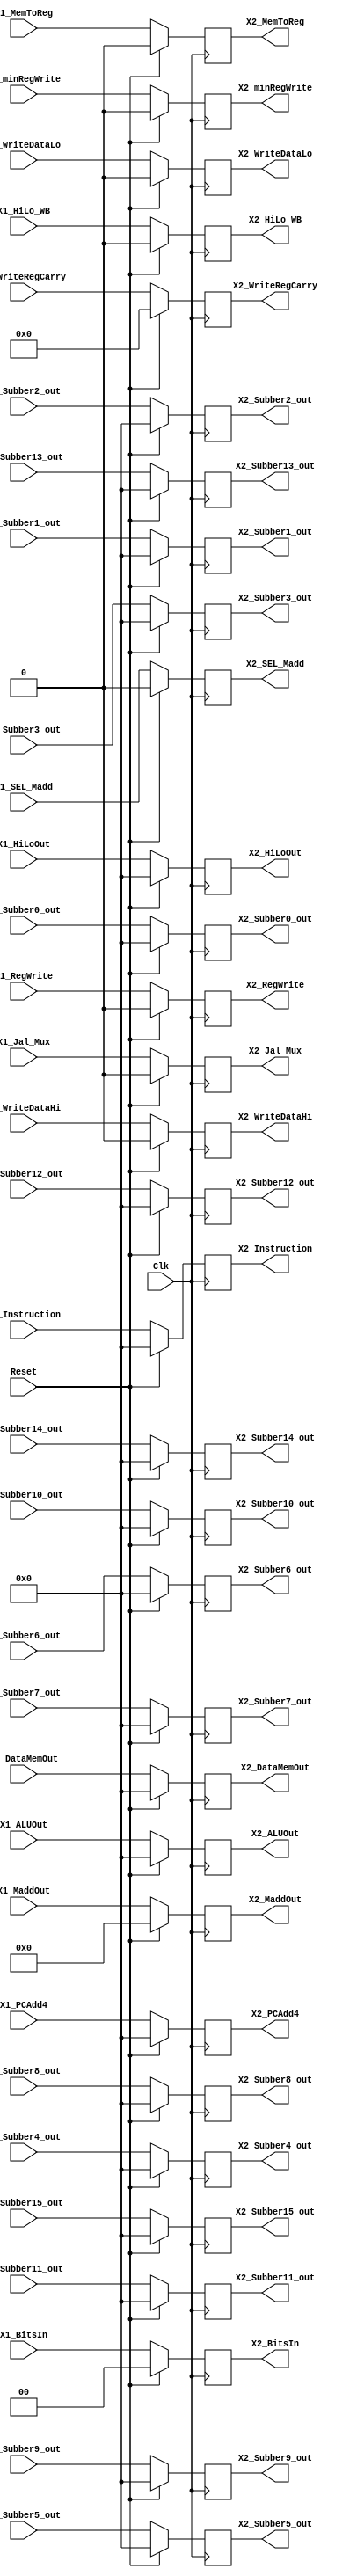
`timescale 1ns / 1ps
/*

Group Names
Alan Manuel Loreto Corndidez: 1/3 Effort
Haseeb Sarwar Irfan: 1/3 Effort
Chris W Bremser: 1/3 Effort

*/

module X1_X2_pipelineRegister(
    X1_Instruction,
    X1_PCAdd4,
    X1_DataMemOut,
    X1_ALUOut,
    X1_MaddOut,
    X1_HiLoOut,
    X1_WriteRegCarry,
    //controller
    
    X1_MemToReg,
	X1_BitsIn,
	X1_Jal_Mux,
	X1_SEL_Madd,
	X1_HiLo_WB,
	X1_RegWrite,
	X1_WriteDataHi,
	X1_WriteDataLo,
	
	X1_Subber0_out,
	X1_Subber1_out,
	X1_Subber2_out,
	X1_Subber3_out,
	X1_Subber4_out,
	X1_Subber5_out,
	X1_Subber6_out,
	X1_Subber7_out,
	X1_Subber8_out,
	X1_Subber9_out,
	X1_Subber10_out,
	X1_Subber11_out,
	X1_Subber12_out,
	X1_Subber13_out,
	X1_Subber14_out,
	X1_Subber15_out,
	X1_minRegWrite, 
	
    X2_Instruction,
    X2_PCAdd4,
    X2_DataMemOut,
    X2_ALUOut,
    X2_MaddOut,
    X2_HiLoOut,
    X2_WriteRegCarry,
   
    //controller

    X2_MemToReg,
	X2_BitsIn,
	X2_Jal_Mux,
	X2_SEL_Madd,
	X2_HiLo_WB,
	X2_RegWrite,
	X2_WriteDataHi,
	X2_WriteDataLo,
	
	X2_Subber0_out,
	X2_Subber1_out,
	X2_Subber2_out,
	X2_Subber3_out,
	X2_Subber4_out,
	X2_Subber5_out,
	X2_Subber6_out,
	X2_Subber7_out,
	X2_Subber8_out,
	X2_Subber9_out,
	X2_Subber10_out,
	X2_Subber11_out,
	X2_Subber12_out,
	X2_Subber13_out,
	X2_Subber14_out,
	X2_Subber15_out,
	X2_minRegWrite,
    

    Clk,
    Reset
    );

    input Clk;
    input Reset;

    input [31:0] X1_Instruction;
    input [31:0]X1_PCAdd4;
    input [31:0]X1_DataMemOut;
    input [31:0]X1_ALUOut;
    input [63:0]X1_MaddOut;
    input [31:0]X1_HiLoOut;
    input [4:0]X1_WriteRegCarry;
   
    input X1_MemToReg;
	input [1:0]X1_BitsIn;
	input X1_Jal_Mux;
	input X1_SEL_Madd;
	input X1_HiLo_WB;
	input X1_RegWrite;
	input X1_WriteDataHi;
	input X1_WriteDataLo;
	
    input [31:0] X1_Subber0_out;
	input [31:0] X1_Subber1_out;
	input [31:0] X1_Subber2_out;
	input [31:0] X1_Subber3_out;
	input [31:0] X1_Subber4_out;
	input [31:0] X1_Subber5_out;
	input [31:0] X1_Subber6_out;
	input [31:0] X1_Subber7_out;
	input [31:0] X1_Subber8_out;
	input [31:0] X1_Subber9_out;
	input [31:0] X1_Subber10_out;
	input [31:0] X1_Subber11_out;
	input [31:0] X1_Subber12_out;
	input [31:0] X1_Subber13_out;
	input [31:0] X1_Subber14_out;
	input [31:0] X1_Subber15_out;
	input X1_minRegWrite;

    output reg [31:0]X2_Instruction;
    output reg [31:0]X2_PCAdd4;
    output reg [31:0]X2_DataMemOut;
    output reg [31:0]X2_ALUOut;
    output reg [63:0]X2_MaddOut;
    output reg [31:0]X2_HiLoOut;
    output reg [4:0]X2_WriteRegCarry;

    output reg X2_MemToReg;
	output reg [1:0]X2_BitsIn;
	output reg X2_Jal_Mux;
	output reg X2_SEL_Madd;
	output reg X2_HiLo_WB;
	output reg X2_RegWrite;
	output reg X2_WriteDataHi;
	output reg X2_WriteDataLo;
	
	output reg [31:0] X2_Subber0_out;
	output reg [31:0] X2_Subber1_out;
	output reg [31:0] X2_Subber2_out;
	output reg [31:0] X2_Subber3_out;
	output reg [31:0] X2_Subber4_out;
	output reg [31:0] X2_Subber5_out;
	output reg [31:0] X2_Subber6_out;
	output reg [31:0] X2_Subber7_out;
	output reg [31:0] X2_Subber8_out;
	output reg [31:0] X2_Subber9_out;
	output reg [31:0] X2_Subber10_out;
	output reg [31:0] X2_Subber11_out;
	output reg [31:0] X2_Subber12_out;
	output reg [31:0] X2_Subber13_out;
	output reg [31:0] X2_Subber14_out;
	output reg [31:0] X2_Subber15_out;
	output reg X2_minRegWrite;

    always @(posedge Clk)
    begin
    
    if(Reset == 1) begin
        X2_Instruction <= 0;
        X2_PCAdd4 <= 0;
        X2_DataMemOut <= 0;
        X2_ALUOut <= 0;
        X2_MaddOut <= 0;
        X2_HiLoOut <= 0;

        X2_MemToReg <= 0;
	    X2_BitsIn <= 0;
	    X2_Jal_Mux <= 0;
	    X2_SEL_Madd <= 0;
	    X2_HiLo_WB <= 0;
	    X2_RegWrite <= 0;
	    X2_WriteRegCarry <= 0;
	    
	    X2_WriteDataHi <= 0;
	    X2_WriteDataLo <= 0;
	    
	    X2_Subber0_out <= 0;
	    X2_Subber1_out <= 0;
        X2_Subber2_out <= 0;
	    X2_Subber3_out <= 0;
	    X2_Subber4_out <= 0;
	    X2_Subber5_out <= 0;
	    X2_Subber6_out <= 0;
	    X2_Subber7_out <= 0;
	    X2_Subber8_out <= 0;
	    X2_Subber9_out <= 0;
	    X2_Subber10_out <= 0;
	    X2_Subber11_out <= 0;
	    X2_Subber12_out <= 0;
	    X2_Subber13_out <= 0;
	    X2_Subber14_out <= 0;
	    X2_Subber15_out <= 0;
	    X2_minRegWrite <= 0;

	    
    end
    
    else begin
        X2_Instruction <= X1_Instruction;
        X2_PCAdd4 <= X1_PCAdd4;
        X2_DataMemOut <= X1_DataMemOut;
        X2_ALUOut <= X1_ALUOut;
        X2_MaddOut <= X1_MaddOut;
        X2_HiLoOut <= X1_HiLoOut;

        X2_MemToReg <= X1_MemToReg;
	    X2_BitsIn <= X1_BitsIn;
	    X2_Jal_Mux <= X1_Jal_Mux;
	    X2_SEL_Madd <= X1_SEL_Madd;
	    X2_HiLo_WB <= X1_HiLo_WB;
	    X2_RegWrite <= X1_RegWrite;
	    X2_WriteRegCarry <= X1_WriteRegCarry;
	    
	    X2_WriteDataHi <= X1_WriteDataHi;
	    X2_WriteDataLo <= X1_WriteDataLo;
	    
	    X2_Subber0_out <= X1_Subber0_out;
	    X2_Subber1_out <= X1_Subber1_out;
        X2_Subber2_out <= X1_Subber2_out;
	    X2_Subber3_out <= X1_Subber3_out;
	    X2_Subber4_out <= X1_Subber4_out;
	    X2_Subber5_out <= X1_Subber5_out;
	    X2_Subber6_out <= X1_Subber6_out;
	    X2_Subber7_out <= X1_Subber7_out;
	    X2_Subber8_out <= X1_Subber8_out;
	    X2_Subber9_out <= X1_Subber9_out;
	    X2_Subber10_out <= X1_Subber10_out;
	    X2_Subber11_out <= X1_Subber11_out;
	    X2_Subber12_out <= X1_Subber12_out;
	    X2_Subber13_out <= X1_Subber13_out;
	    X2_Subber14_out <= X1_Subber14_out;
	    X2_Subber15_out <= X1_Subber15_out;
	    X2_minRegWrite <= X1_minRegWrite;

    end
    end
    
endmodule